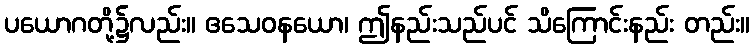
ပယောဂတို့၌လည်း။ ဧသေဝနယော၊ ဤနည်းသည်ပင် သိကြောင်းနည်း တည်း။